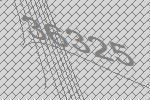
36325